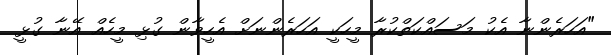
"އަހަރެންނާ އެކު މަސައްކަތްކުރާ މީހަކީ އަހަރެންނަށް އެހީވާން ގުޅި މީހެއް އޭނާ ގުޅީ